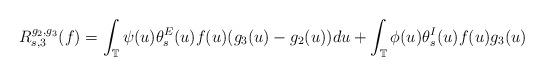
LaTeX: \begin{align*}R_{s,3}^{g_2, g_3}(f)=\int_{\mathbb{T}}\psi(u)\theta_s^E(u)f(u)(g_3(u)-g_2(u))du+\int_\mathbb{T}\phi(u)\theta_s^I(u)f(u)g_3(u)\end{align*}